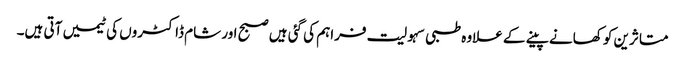
متاثرین کو کھانے پینے کے علاوہ طبی سہولیت فراہم کی گئی ہیں صبح اور شام ڈاکٹروں کی ٹیمیں آتی ہیں۔